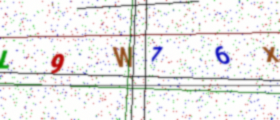
Text: L9W76X